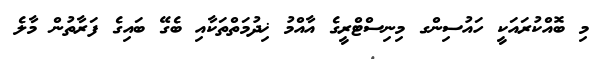
މި ބޮއްކުރައަކީ ހައުސިންގ މިނިސްޓްރީގެ އާއްމު ޚިދުމަތްތަކާއި ބެގޭ ބައިގެ ފަރާތުން މާލެ